Elephants and their diseases
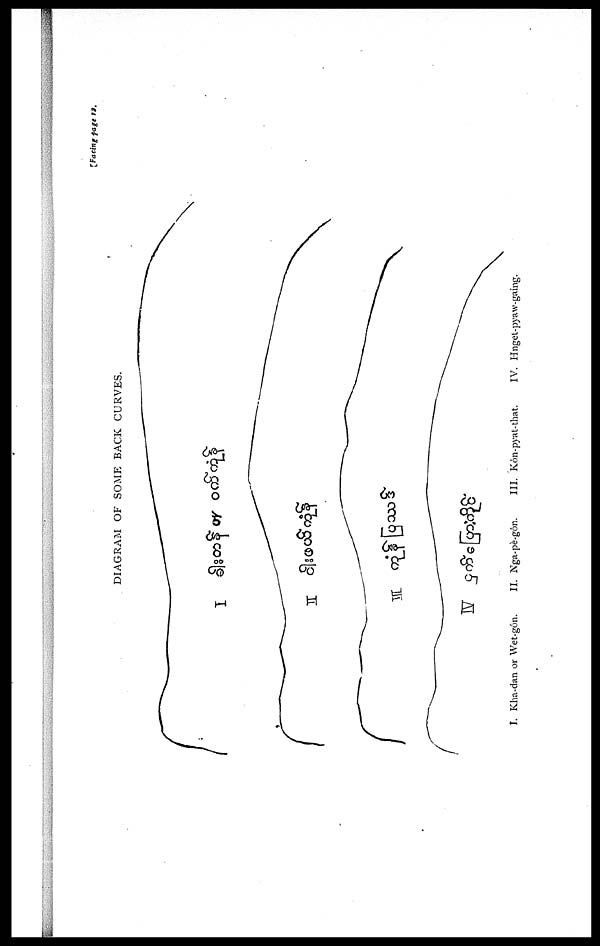
{Facing page 12.
DIAGRAM OF SOME BACK CURVES.
I. Kha-dan or Wet-gôn. II. Nga-pe-gôn. III. Kôn-pyat-that. IV. Hngel-pyaw-gaing.